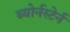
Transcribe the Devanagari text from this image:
ब्योर्नस्टेर्न